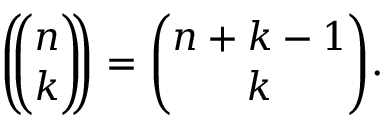
\left( \! \! { \binom { n } { k } } \! \! \right) = { \binom { n + k - 1 } { k } } .